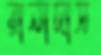
রানাদাস